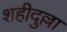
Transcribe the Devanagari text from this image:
शहीदुल्ला